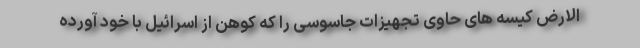
الارض کیسه های حاوی تجهیزات جاسوسی را که کوهن از اسرائیل با خود آورده